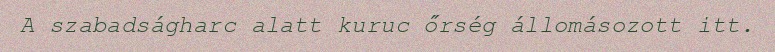
A szabadságharc alatt kuruc őrség állomásozott itt.